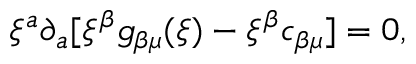
\xi ^ { a } \partial _ { a } [ \xi ^ { \beta } g _ { \beta \mu } ( \xi ) - \xi ^ { \beta } c _ { \beta \mu } ] = 0 ,